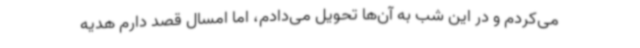
می‌کردم و در این شب به آن‌ها تحویل می‌دادم، اما امسال قصد دارم هدیه